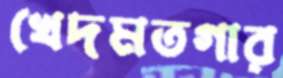
খেদমতগার